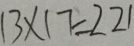
1 3 \times 1 7 = 2 2 1